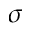
\sigma